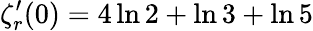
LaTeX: \zeta_{r}^{\prime}(0)=4\ln 2+\ln 3+\ln 5